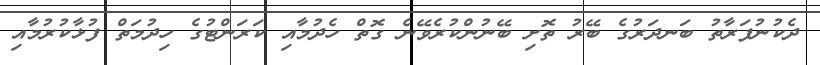
ދެކުނުފަރާތު ބަނދަރުގެ ބޭރު ތޮށި ބޭނުންކުރެވޭނެ ގޮތް ހެދުމާއި ކަރަންޓުގެ ހިދުމަތް ފުޅާކުރުމާއި